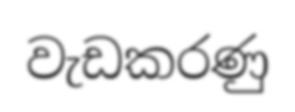
වැඩකරණු